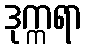
ဒုက္ကရာ